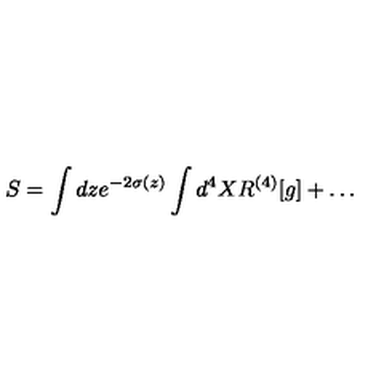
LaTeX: S = \int d z e ^ { - 2 \sigma ( z ) } \int d ^ { 4 } X R ^ { ( 4 ) } [ g ] + \dots